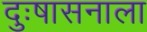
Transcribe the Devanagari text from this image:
दुःषासनाला